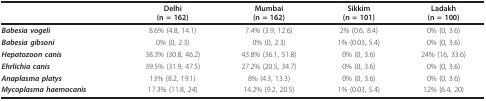
<table><thead><tr><td></td><td><b>Delhi(n = 162)</b></td><td><b>Mumbai(n = 162)</b></td><td><b>Sikkim(n = 101)</b></td><td><b>Ladakh(n = 100)</b></td></tr></thead><tbody><tr><td><b><i>Babesia vogeli</i></b></td><td>8.6% (4.8, 14.1)</td><td>7.4% (3.9, 12.6)</td><td>2% (0.6, 8.4)</td><td>0% (0, 3.6)</td></tr><tr><td><b><i>Babesia gibsoni</i></b></td><td>0% (0, 2.3)</td><td>0% (0, 2.3)</td><td>1% (0.03, 5.4)</td><td>0% (0, 3.6)</td></tr><tr><td><b><i>Hepatozoon canis</i></b></td><td>38.3% (30.8, 46.2)</td><td>43.8% (36.1, 51.8)</td><td>0% (0, 3.6)</td><td>24% (16, 33.6)</td></tr><tr><td><b><i>Ehrlichia canis</i></b></td><td>39.5% (31.9, 47.5)</td><td>27.2% (20.5, 34.7)</td><td>0% (0, 3.6)</td><td>0% (0, 3.6)</td></tr><tr><td><b><i>Anaplasma platys</i></b></td><td>13% (8.2, 19.1)</td><td>8% (4.3, 13.3)</td><td>0% (0, 3.6)</td><td>0% (0, 3.6)</td></tr><tr><td><b><i>Mycoplasma haemocanis</i></b></td><td>17.3% (11.8, 24)</td><td>14.2% (9.2, 20.5)</td><td>1% (0.03, 5.4)</td><td>12% (6.4, 20)</td></tr></tbody></table>